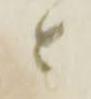
と